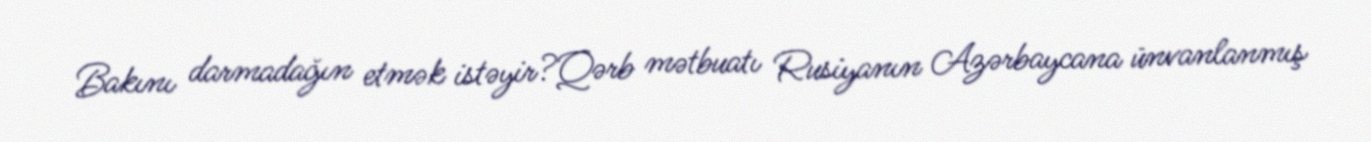
Bakını darmadağın etmək istəyir?Qərb mətbuatı Rusiyanın Azərbaycana ünvanlanmış